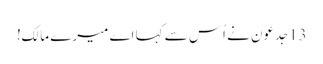
13جِدعو ن نے اُس سے کہا اَے میرے مالِک!